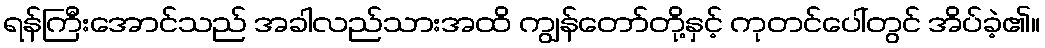
ရန်ကြီးအောင်သည် အခါလည်သားအထိ ကျွန်တော်တို့နှင့် ကုတင်ပေါ်တွင် အိပ်ခဲ့၏။